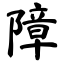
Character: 障